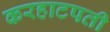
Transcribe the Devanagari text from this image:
करहाटपती